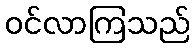
ဝင်လာကြသည်